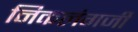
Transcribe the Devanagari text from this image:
निकलंगजी